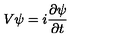
V \psi = i \frac { \partial \psi } { \partial t }